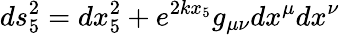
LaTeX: ds_{5}^{2}=dx_{5}^{2}+e^{2kx_{5}}g_{\mu\nu}dx^{\mu}dx^{\nu}